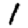
Digit: 1